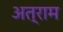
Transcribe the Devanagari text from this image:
अत्राम